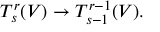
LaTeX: T _ { s } ^ { r } ( V ) \to T _ { s - 1 } ^ { r - 1 } ( V ) .